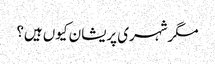
مگرشہری پریشان کیوں ہیں؟